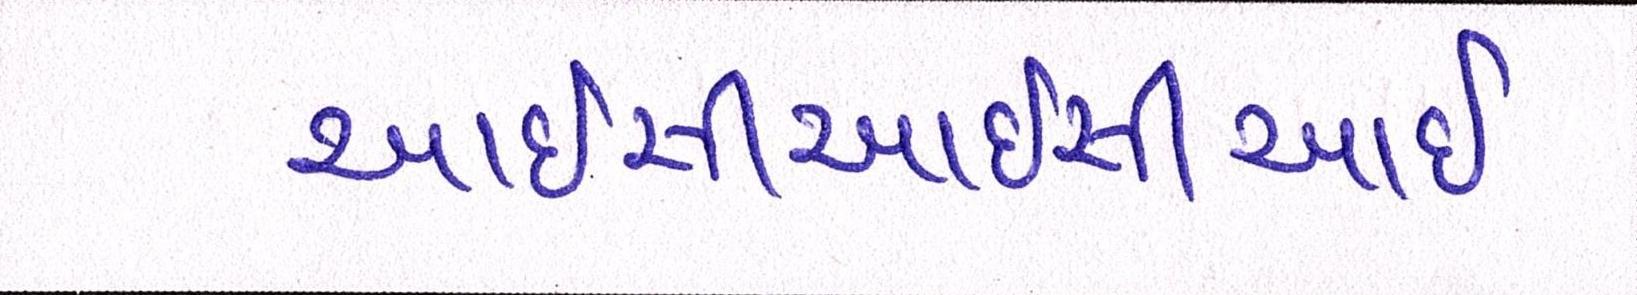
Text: આઈસીઆઈસીઆઈ